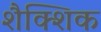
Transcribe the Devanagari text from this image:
शैक्शिक